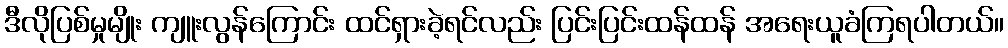
ဒီလိုပြစ်မှုမျိုး ကျူးလွန်ကြောင်း ထင်ရှားခဲ့ရင်လည်း ပြင်းပြင်းထန်ထန် အရေးယူခံကြရပါတယ်။